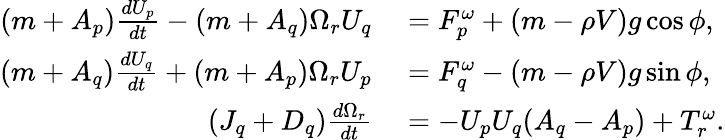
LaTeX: \begin{array}{rl}{(m+A_{p})\frac{dU_{p}}{dt}-(m+A_{q})\Omega_{r}U_{q}}&{{}=F_{p}^{\omega}+(m-\rho V)g\cos\phi,}\\ {(m+A_{q})\frac{dU_{q}}{dt}+(m+A_{p})\Omega_{r}U_{p}}&{{}=F_{q}^{\omega}-(m-\rho V)g\sin\phi,}\\ {(J_{q}+D_{q})\frac{d\Omega_{r}}{dt}}&{{}=-U_{p}U_{q}(A_{q}-A_{p})+T_{r}^{\omega}.}\end{array}